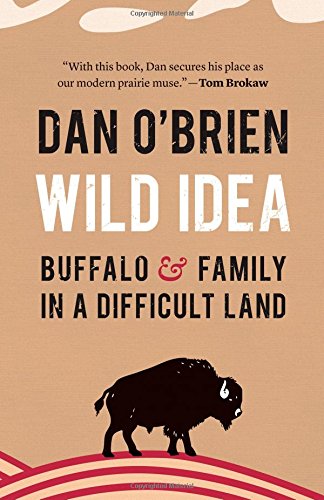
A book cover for Wild Idea: Buffalo and Family in a Difficult Land; Dan O'Brien; Science & Math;